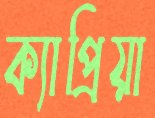
ক্যাপ্রিয়া